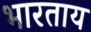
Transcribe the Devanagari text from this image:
भारताय